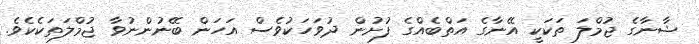
ޝާނާގެ ޖުމްލަ ތަކަކީ އޭނާގެ އަތްބެއްގެ ފުށުން ދުވަހަކުވެސް އަހަން ބޭނުންނުވާ ޖުމްލަތަކެކެވެ.